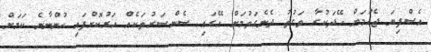
އެސްފިޔަ ޖެހުމަށް ހޭދަކުރާ ވަގުތު ދެނެގަތުމަށް އޭގައި ސެންސަރުތަކެއް ހަރުކޮށްފައި ހުންނާނެ ކަމަށް